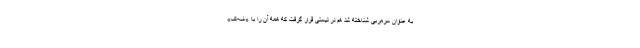
به عنوان سرمربی شناخته شد هم در لیستی قرار گرفت که همه آن را با «ف-ک»